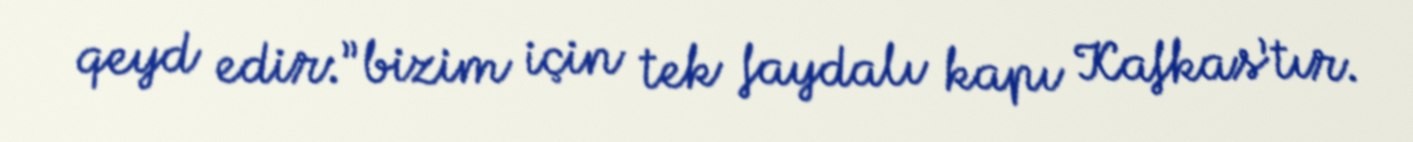
qeyd edir:”bizim için tek faydalı kapı Kafkas’tır.